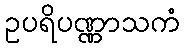
ဥပရိပဏ္ဏာသကံ